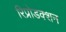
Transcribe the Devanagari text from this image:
रिप्रोडक्शन